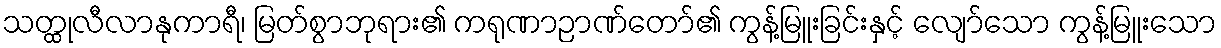
သတ္ထုလီလာနုကာရီ၊ မြတ်စွာဘုရား၏ ကရုဏာဉာဏ်တော်၏ ကွန့်မြူးခြင်းနှင့် လျော်သော ကွန့်မြူးသော